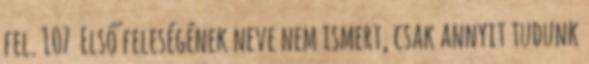
fel. 107 Első feleségének neve nem ismert, csak annyit tudunk